Note on the mental hospitals in Burma - 1925-1940
Year: 1925
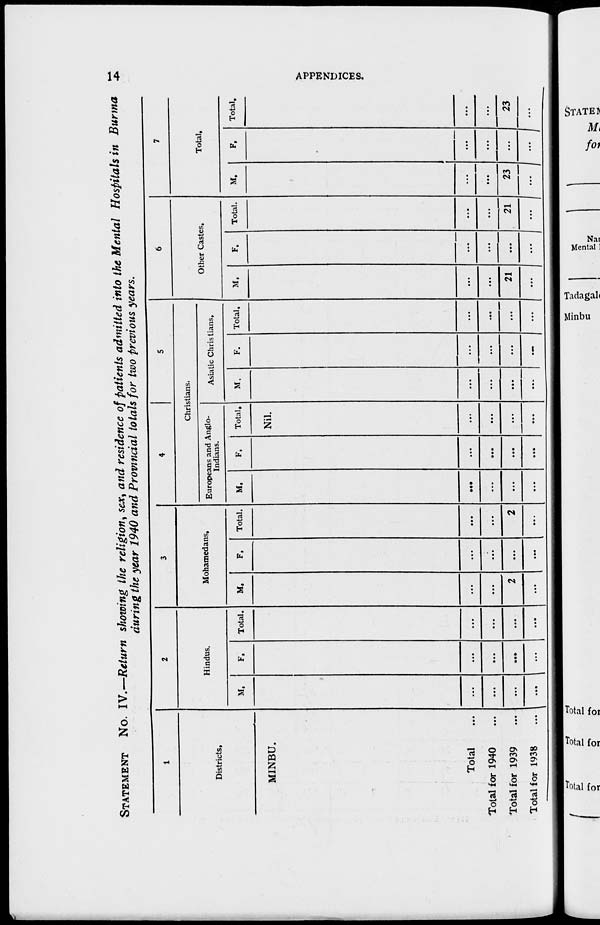
14
APPENDICES.
STATEMENT No. IV.—Return showing the religion, sex, and residence of patients admitted into the Mental Hospitals in Burma
during the year 1940 and Provincial totals for two previous years.
1
Districts.
MINBU.
Total ...
Total for 1940 ...
Total for 1939 ...
Total for 1938 ...
2
Hindus.
M.
...
...
...
...
F.
...
...
...
...
Total.
...
...
...
...
3
Mohamedans.
M.
...
...
2
...
F.
...
...
...
...
Total.
...
...
2
...
4
5
Christians.
Europeans and Anglo-
Indians.
M.
...
...
...
...
F.
...
...
...
...
Total.
Nil.
...
...
...
...
Asiatic Christians.
M.
...
...
...
...
F.
...
...
...
...
Total.
...
...
...
...
6
Other Castes.
M.
...
...
21
...
F.
...
...
...
. . .
Total.
...
...
21
...
7
Total.
M.
...
...
23
...
F.
...
...
...
...
Total.
...
...
23
...